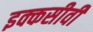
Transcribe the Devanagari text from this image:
इक्कसीवीं